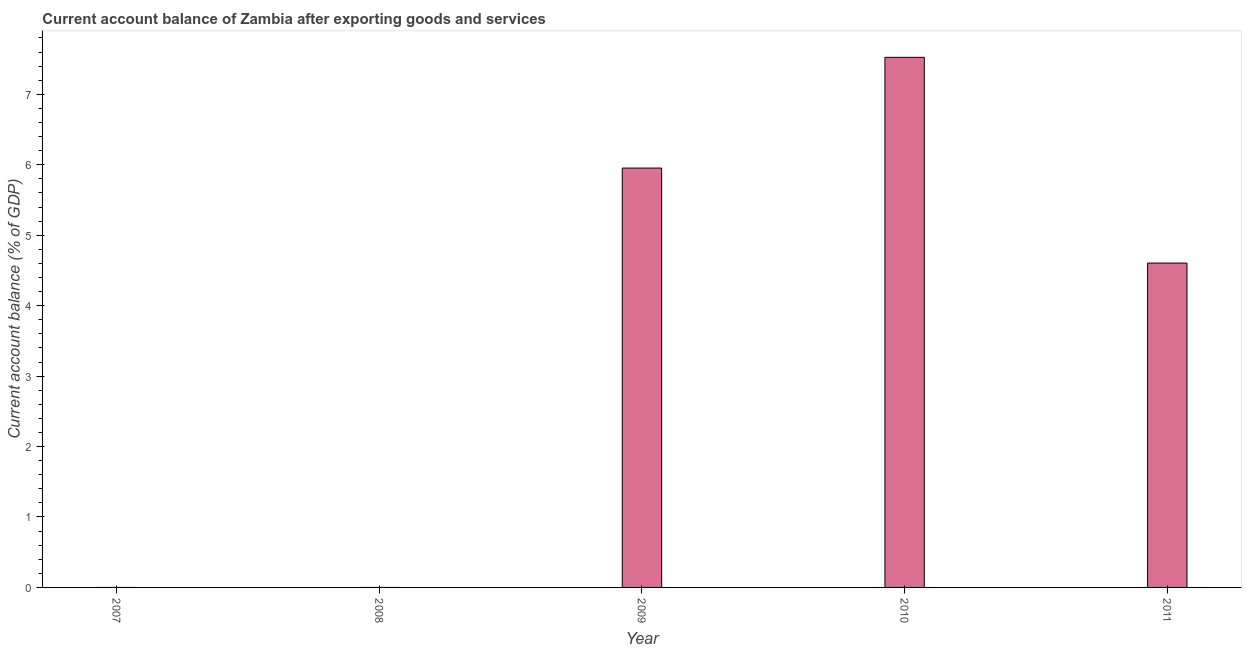
| Year | Current account balance |
 | --- | --- |
 | 2007 | -1.24 |
 | 2008 | -3.33 |
 | 2009 | 5.95 |
 | 2010 | 7.53 |
 | 2011 | 4.6 |